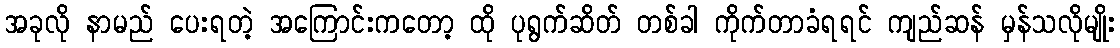
အခုလို နာမည် ပေးရတဲ့ အကြောင်းကတော့ ထို ပုရွက်ဆိတ် တစ်ခါ ကိုက်တာခံရရင် ကျည်ဆန် မှန်သလိုမျိုး